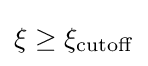
\xi \geq \xi _{\mathrm {cutoff} }